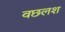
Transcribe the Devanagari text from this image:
वछलश